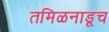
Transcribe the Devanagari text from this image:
तमिळनाडूच